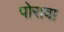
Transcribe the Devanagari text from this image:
पोरावा